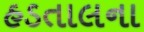
હડતાલના